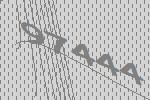
97444